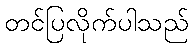
တင်ပြလိုက်ပါသည်